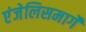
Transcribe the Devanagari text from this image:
एंजेलिसमार्गे